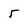
Character: 5